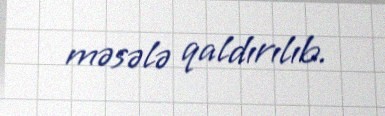
məsələ qaldırılıb.